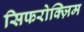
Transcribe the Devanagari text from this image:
सिफरोक्ज़िम